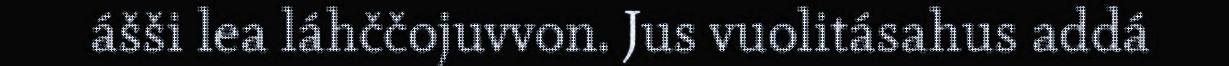
ášši lea láhččojuvvon. Jus vuolitásahus addá